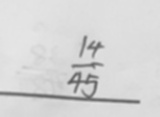
\frac { 1 4 } { 4 5 }